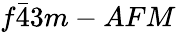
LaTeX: f\bar{4}3m-AFM